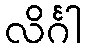
လိင်္ဂါ